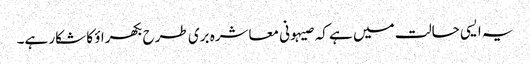
یہ ایسی حالت میں ہے کہ صیہونی معاشرہ بری طرح بکھراؤ کا شکار ہے۔